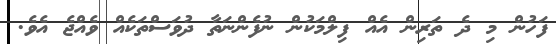
ފަހުން މި ދެ ތަރިން އެއް ފިލްމަކުން ނުފެންނަތާ ދުވަސްތަކެއް ވެއްޖެ އެވެ.